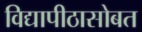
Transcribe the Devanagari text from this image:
विद्यापीठासोबत